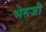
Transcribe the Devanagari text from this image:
भेरुजी